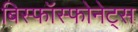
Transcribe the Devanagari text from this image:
बिस्फॉस्फोनेट्स